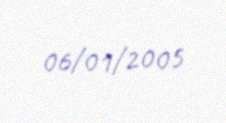
06/01/2005